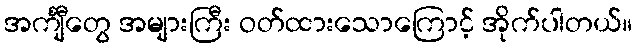
အင်္ကျီတွေ အများကြီး ဝတ်ထားသောကြောင့် အိုက်ပါတယ်။